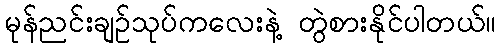
မုန်ညင်းချဉ်သုပ်ကလေးနဲ့ တွဲစားနိုင်ပါတယ်။